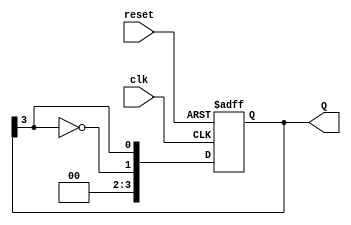
module JohnsonCounter #(
    parameter n = 4  // Number of flip-flops
)(
    input wire clk,          // Clock input
    input wire reset,        // Asynchronous reset
    output reg [n-1:0] Q     // Counter output
);

    always @(posedge clk or posedge reset) begin
        if (reset) begin
            Q <= 0;  // Reset all flip-flops to 0
        end else begin
            // Shift the outputs and feed back the inverted last output
            Q <= {~Q[n-1], Q[n-1:n-1]}; 
        end
    end

endmodule